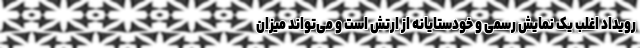
رویداد اغلب یک نمایش رسمی و خودستایانه از ارتش است و می‌تواند میزان